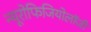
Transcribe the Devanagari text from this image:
न्यूरोफिजियोलॉजी